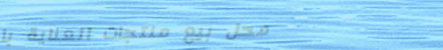
محل بيع منتجات العناية با